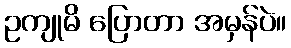
ဥကျုမိ ပြောတာ အမှန်ပဲ။